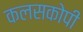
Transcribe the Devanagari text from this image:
कलसकोपी